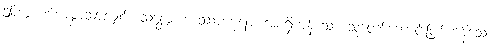
ဤဘဒ္ဒကပ်ကမ္ဘာသာလျှင်။ သန္တော၊ ကဿပဘုရား အစရှိကုန်သော သူတော်ကောင်းဖြစ်ကုန်သော။